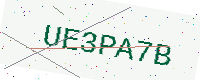
Text: UE3PA7B